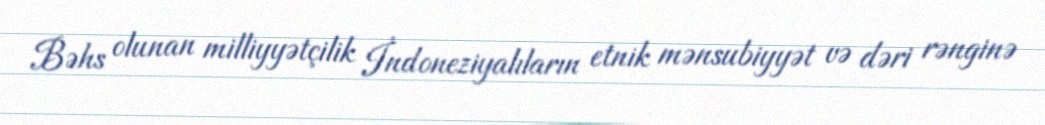
Bəhs olunan milliyyətçilik İndoneziyalıların etnik mənsubiyyət və dəri rənginə